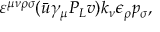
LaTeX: \varepsilon ^ { \mu \nu \rho \sigma } ( \bar { u } \gamma _ { \mu } P _ { L } v ) k _ { \nu } \epsilon _ { \rho } p _ { \sigma } ,